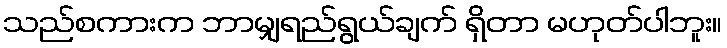
သည်စကားက ဘာမျှရည်ရွယ်ချက် ရှိတာ မဟုတ်ပါဘူး။